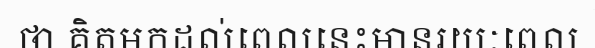
ថា គិតមកដល់ពេលនេះមានរយៈពេល